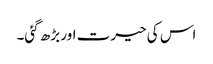
اس کی حیرت اور بڑھ گئی۔